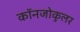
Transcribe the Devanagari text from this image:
कॉनजोकुलर